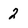
Character: 2